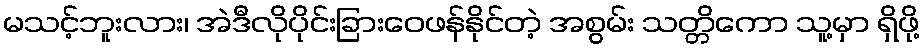
မသင့်ဘူးလား၊ အဲဒီလိုပိုင်းခြားဝေဖန်နိုင်တဲ့ အစွမ်း သတ္တိကော သူ့မှာ ရှိဖို့